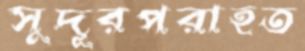
সুদূরপরাহত